Torma_(Votikvere)_vallavalitsus, lk 141
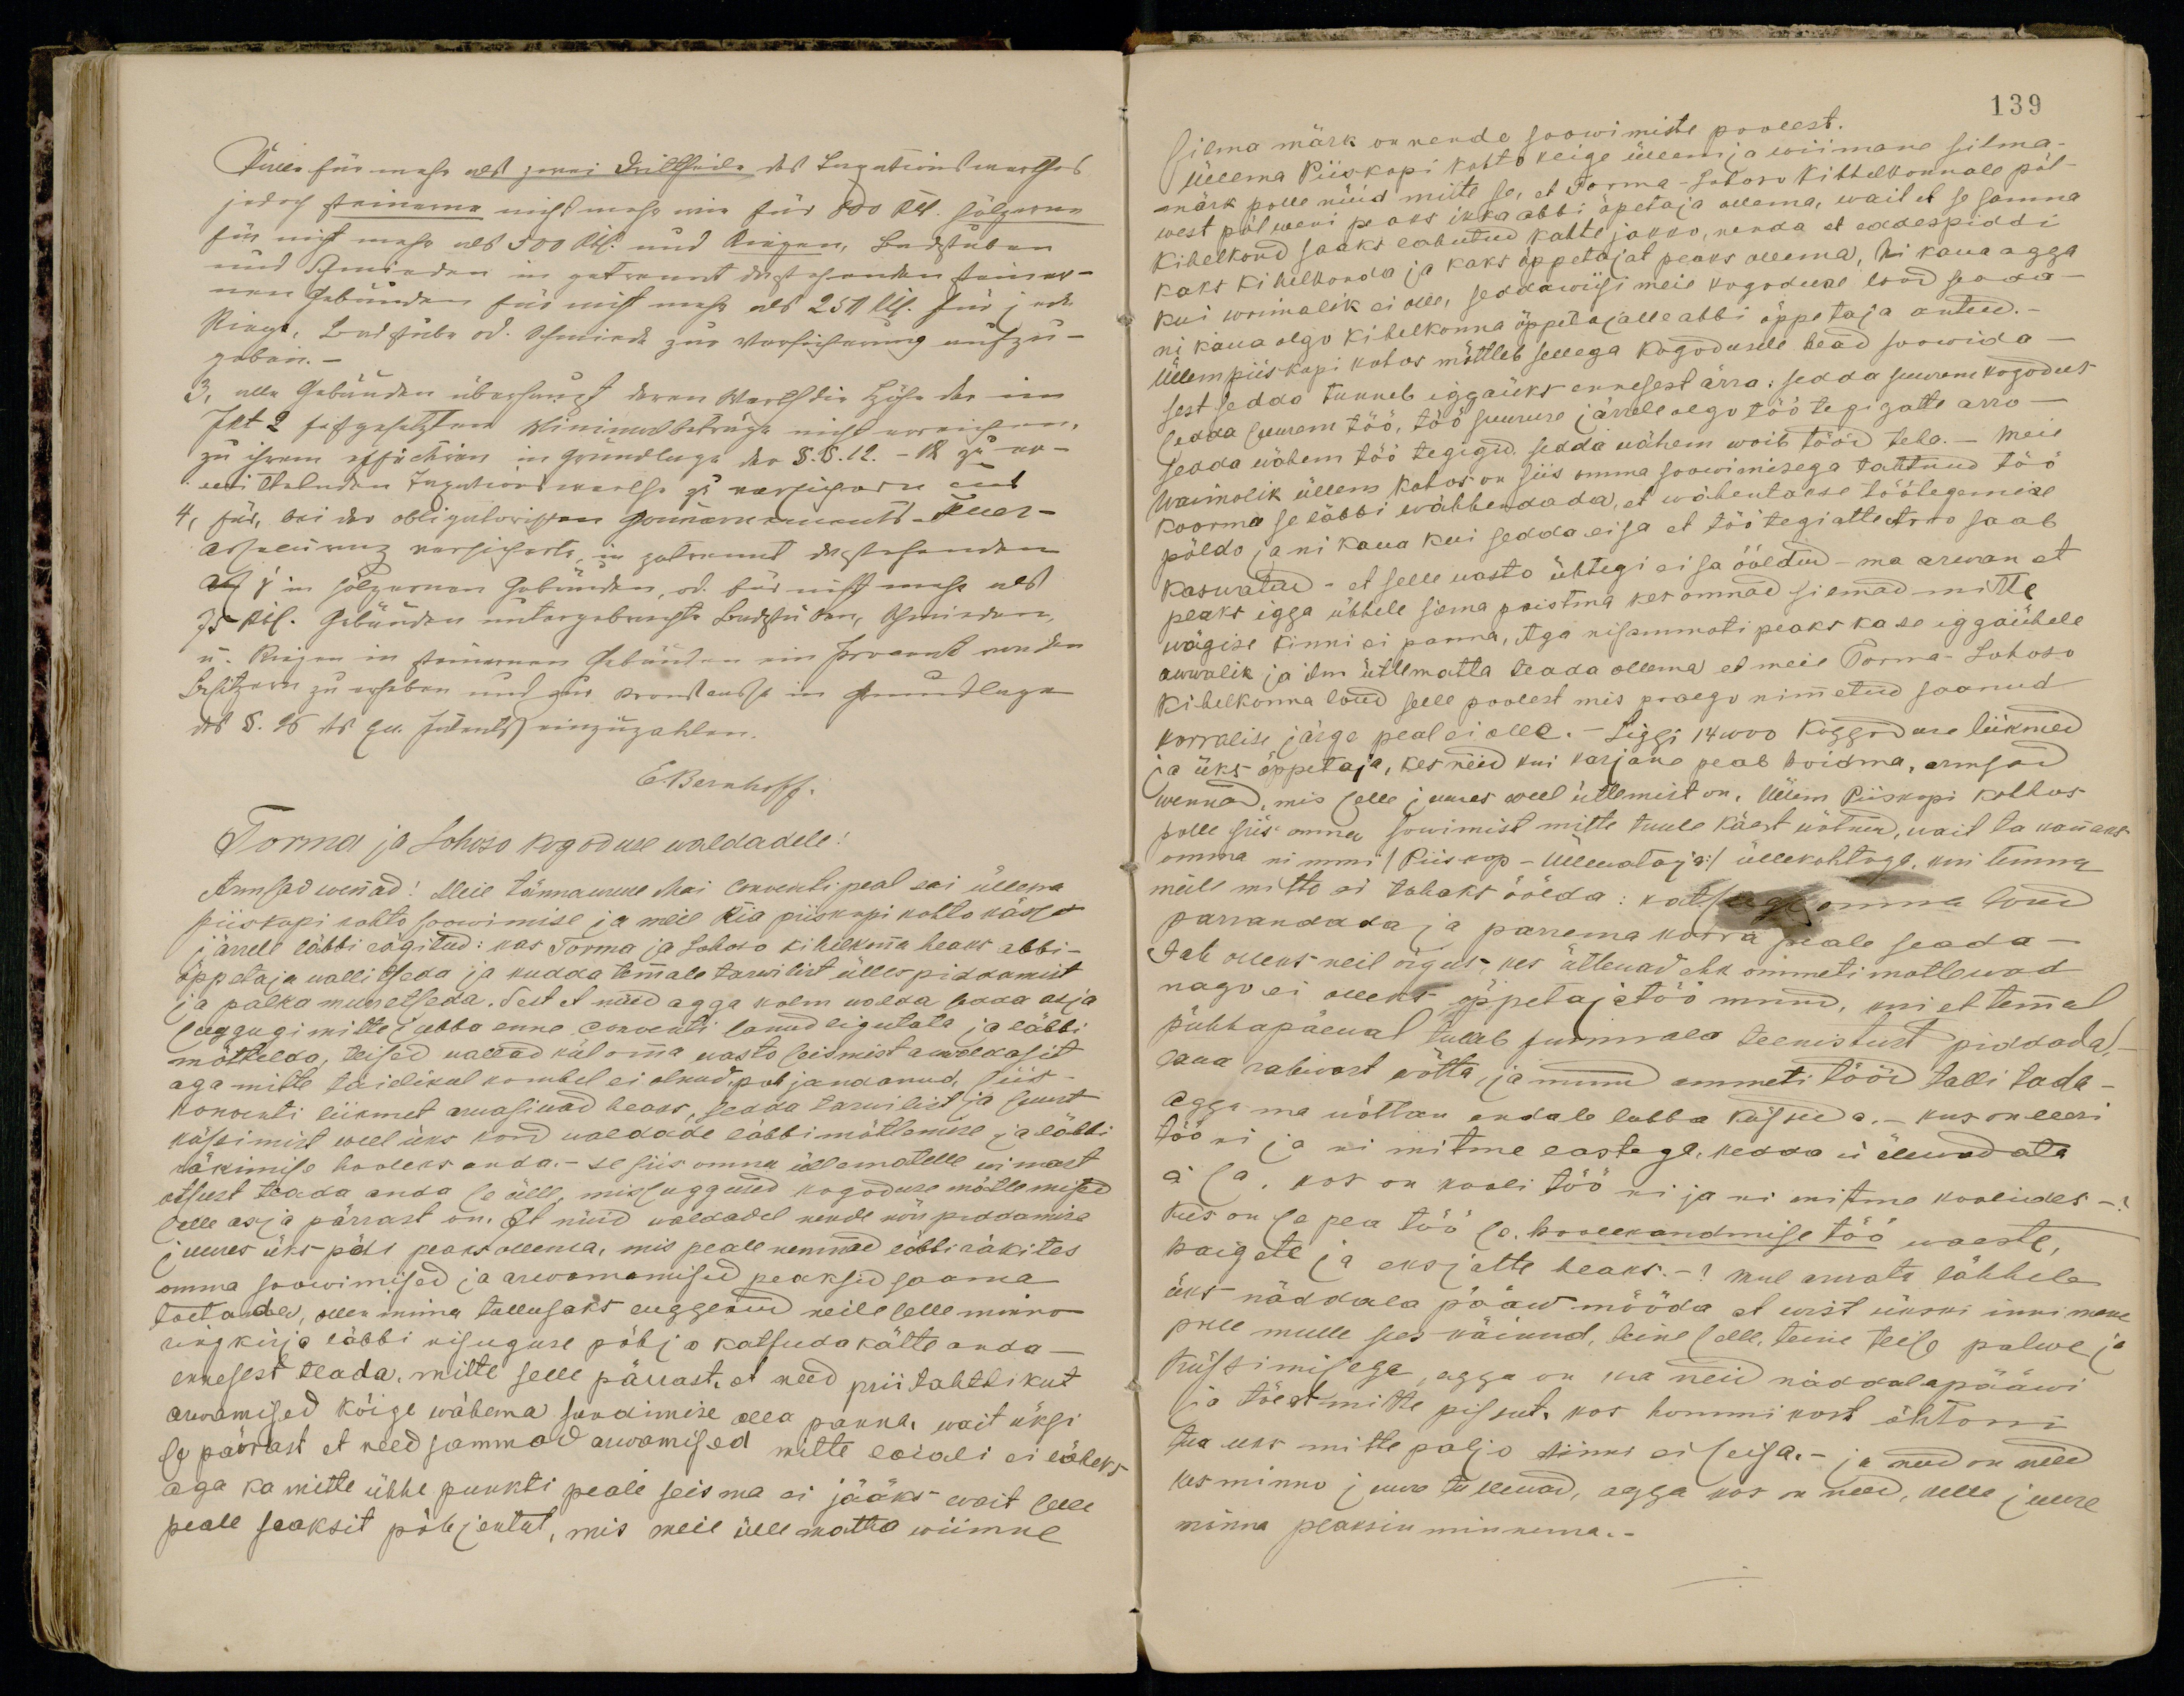
Torma ja Lohoso kogoduse waldadele:
Armsad wennad: Meie tännawune Mai Conventi peal sai üllema
piiskopi kohto soowimise ja meie Ria piiskopi kohto kässo
järrele läbbi rägitud: kas Torma ja Lohoso kihelkonna heaks abbi-
õppetaja wallitseda ja kudda temale tarwilist ülles piddamist
ja palka muretseda. Sest et nüid agga kolm walda sedda asja
Jaggugi mitte jubba enne Conventi sanud ligutata ja läbbi
mõttelda, teised wallad kül omma wasto seismist awaldasit
aga mitte täielikul kombel ei olnud, pohjandanud, siis-
konwenti liikmet arwasiwad heaks, sedda tarwilist ja suurt
küssimist weel üks kord waldade läbbimõtlemise ja läbbi
räkimise hooleks anda. - se siis omma üllematelle esmast
otsust teada anda se ülle, missuggused kogoduse mõtlemised
selle asja pärrast on. Et nüid waldadel nende nõu piddamise
juures üks pä peaks ollema, mis peale nemmad läbbiräkites
omma soowimised ja arwamamised peaksid saama
toetanda, ollen mina tullusaks luggenud neile selle minno
ringkirja läbbi nisugguse põhja katsuda kätte anda-
ennesest teada, mitte selle pärast et need priitahtlikut
arwamised kõige wähema sundimise alla panna, wait üksi
se pärrast et need sammad arwamised mitte laiali ei läheks
aga ka mitte ühhe punkti peale seisma ei jääks wait selle
peale saaksit põhjentut, mis meil ülle matto wiimne

139
silma märk on nende soowimiste poolest.
Üllema Piiskopi kohto keige üllem ja wiimane silma-
märk polle nüid mitte se, et Torma-Lohoso kihhelkonnale põl-
west põlweni peaks ikka abbi õpetaja ollema wait et se samma
Kihelkond saaks lahutud kahte jakko, nenda et eddespiddi
kaks kihelkonda ja kaks õppetajat peaks ollema, ni kaua agga
kui woimalik ei olle, seddawiisi meie kogoduse lood seada-
ni kaua olgo kihelkonna õppetajalle abbi õppetaja antud.-
üllempiiskopi kohos mõttleb sellega kogodusele head soowida
sest sedda tunneb iggaüks ennesest ärra: sedda suurem kogodus
seada suuem töö, töö suuruse järrele olgu töötegijatte arw
sedda wähem töö tegigid sedda vähem woib tööd teha. - Meie
Waimolik üllem kohos on siis omma soowimisega tahtnud töö
koorma se läbbi wähhendada, et wähentakse töötegemise
põldo ja ni kaua kui sedda ei sa et töötegiatte Arvo saab
kaswatud - et selle wasto ühtegi ei sa ööldud - ma arwan et
peaks igga ühhele silma paistma kes ommad silmad mitte
wägise kinni ei panna, Aga nisammmoti peaks ka se iggaühele
awwalik ja ilm ütlematta teada ollema et meie Torma-Lohoso
Kihelkonna loud selle poolest mis praego nimmetud saanud
korralise järge peal ei olle. Liggi 14000 koggoduse liikmed
ja üks õppetaja, kes neid kui karjane peab hoidma, armsad
wennad, mis selle juures weel ütlemist on. Üllem Piiskopi kohhos
polle siis omma sowimist mitte tuule käest wõtnud, wait ta kannaks
omma nimmi / Piiskop - Üllewataja :/ üllekohtoga, kui temma
meile mitte ei tahaks öölda: katsuge oma loud
parrandada ja parrema korra peale seada -
Jah olleks neil õigus, kes ütlewad ehk ommeti mõtlewad
nago ei olleks õppetajatöö muud, kui et temmal
pühhapäewal tulleb jummala teenistust piddada,
laua rahwast wõtta, ja minu ammeti tööd tallitada-
Agga ma wõttan endale lubba küssida, - kus on leeri
töö ni ja ni mitme lastega, kedda ei üllewadata
ei sa, kes on kooli töö ni ja ni mitme koolides -?
Kus on se pea töö se. hoolekandmise töö waeste,
haigete ja eksjatte heaks.-? mul arwata lähheb
üks näddala pääw mööda, et wist ükski innimene
pole mulle sees käienud, teine selle, teine teise palwe ja
küssimisega, agga on ka neid näddalapääwi
ja tõest mitte pissut, kos hommikost õhtoni
tua uks mitte paljo kinni ei seisa.- ja need on need
kes minno juure tullewad, agga kos on need, kelle juure
minna peaksin minnema.-